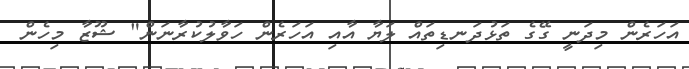
އަހަރެން މިދަނީ ގޭގެ ތަޅުދަނޑިތައް ލަޔާ އާއި އަހަރެން ހަވާލުކުރާނަން" ޝޫޒާ މިހެން